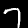
Label: 7